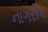
નાગરીક